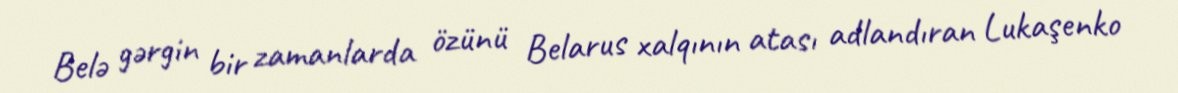
Belə gərgin bir zamanlarda özünü Belarus xalqının atası adlandıran Lukaşenko